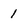
Character: 1